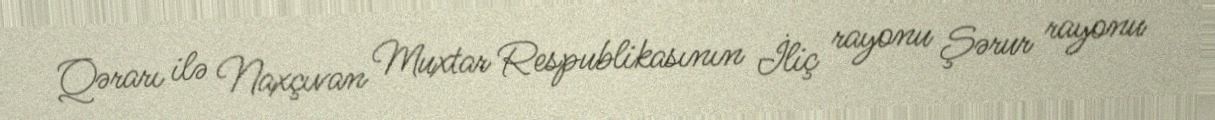
Qərarı ilə Naxçıvan Muxtar Respublikasının İliç rayonu Şərur rayonu